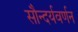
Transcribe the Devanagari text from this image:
सौन्दर्यवर्णन